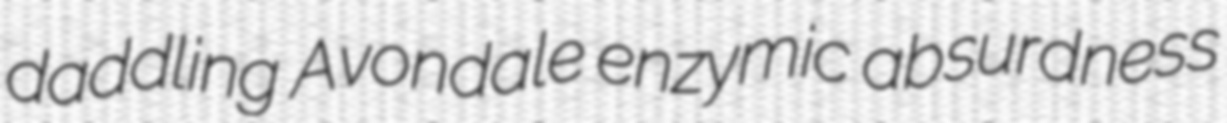
daddling Avondale enzymic absurdness